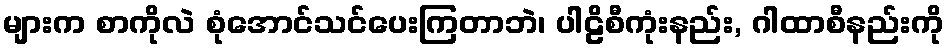
များက စာကိုလဲ စုံအောင်သင်ပေးကြတာဘဲ၊ ပါဠိစီကုံးနည်း, ဂါထာစီနည်းကို